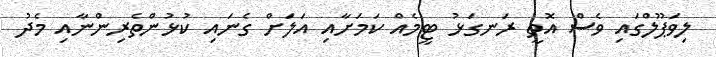
ލިވަޕޫލްގައި ވެސް އޮތީ ރަނގަޅު ޓީމެއް ކަމަށާއި އަލަށް ގެނައި ކުޅުންތެރިންނާއި މެދު